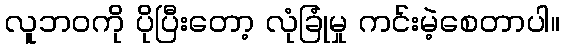
လူဘဝကို ပိုပြီးတော့ လုံခြုံမှု ကင်းမဲ့စေတာပါ။